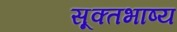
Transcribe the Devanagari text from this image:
सूक्तभाष्य